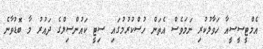
އެމްޓީސީސީއާ ހަވާލުކުރި ނަމަވެސް އެތަން ހުސްކުރުމުގައި ސިޓީ ކައުންސިލްގެ ދައުރު މާ ބޮޑުވާނެ